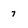
Character: 7